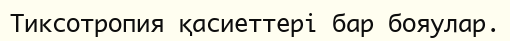
Tиксотропия қасиеттері бар бояулар.